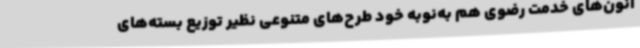
انون‌های خدمت رضوی هم به‌نوبه خود طرح‌های متنوعی نظیر توزیع بسته‌های